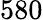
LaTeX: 580